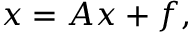
\d { \b { x } } = \b { A } \b { x } + \b { f } ,